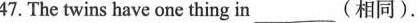
47. The twins have one thing in _________(相同).